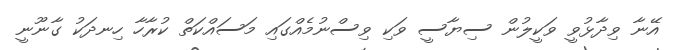
އޭނާ ވިދާޅުވީ ވަކީލުން ސިޔާސީ ވަކި ވިސްނުމެއްގައި މަސައްކަތް ކުރާހާ ހިނދަކު ގާނޫނީ